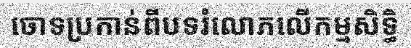
ចោទប្រកាន់ពីបទរំលោភលើកម្មសិទ្ធិ